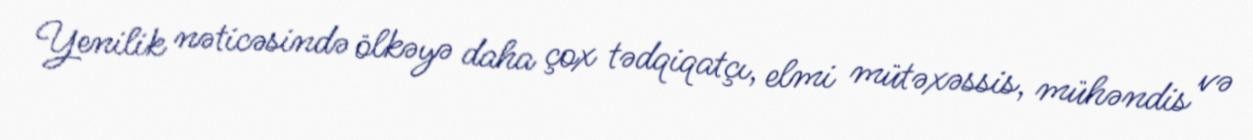
Yenilik nəticəsində ölkəyə daha çox tədqiqatçı, elmi mütəxəssis, mühəndis və